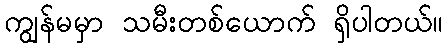
ကျွန်မမှာ သမီးတစ်ယောက် ရှိပါတယ်။